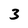
Character: 3